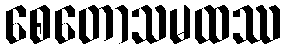
စေတောသမထဿ